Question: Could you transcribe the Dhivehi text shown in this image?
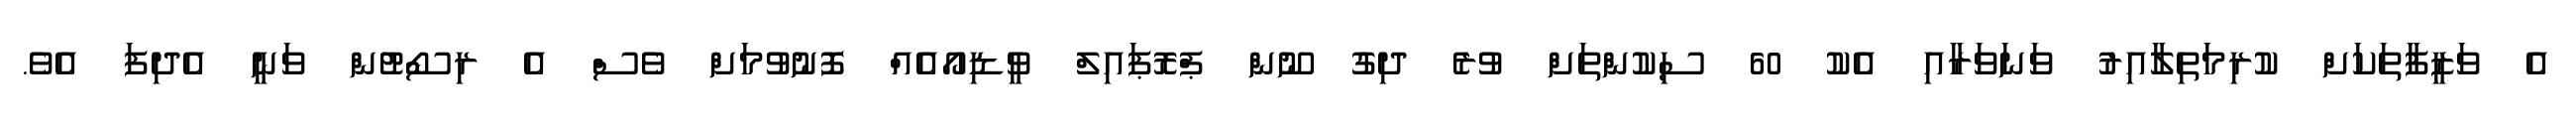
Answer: އެ ވަޒީފާތަކަށް ކުރިމަތިލާއިރު ވަނަވަރާއި އެކު 60 ސިކުންތަށް ވުރެ ދިގު ނޫން ޕްރޮޕައިލް ވީޑިއޯއެއް ފޮނުވުމަށް ވެސް އެ ރިސޯޓުން ވަނީ އެދިފަ އެވެ.